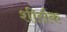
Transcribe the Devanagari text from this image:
शीर्सक